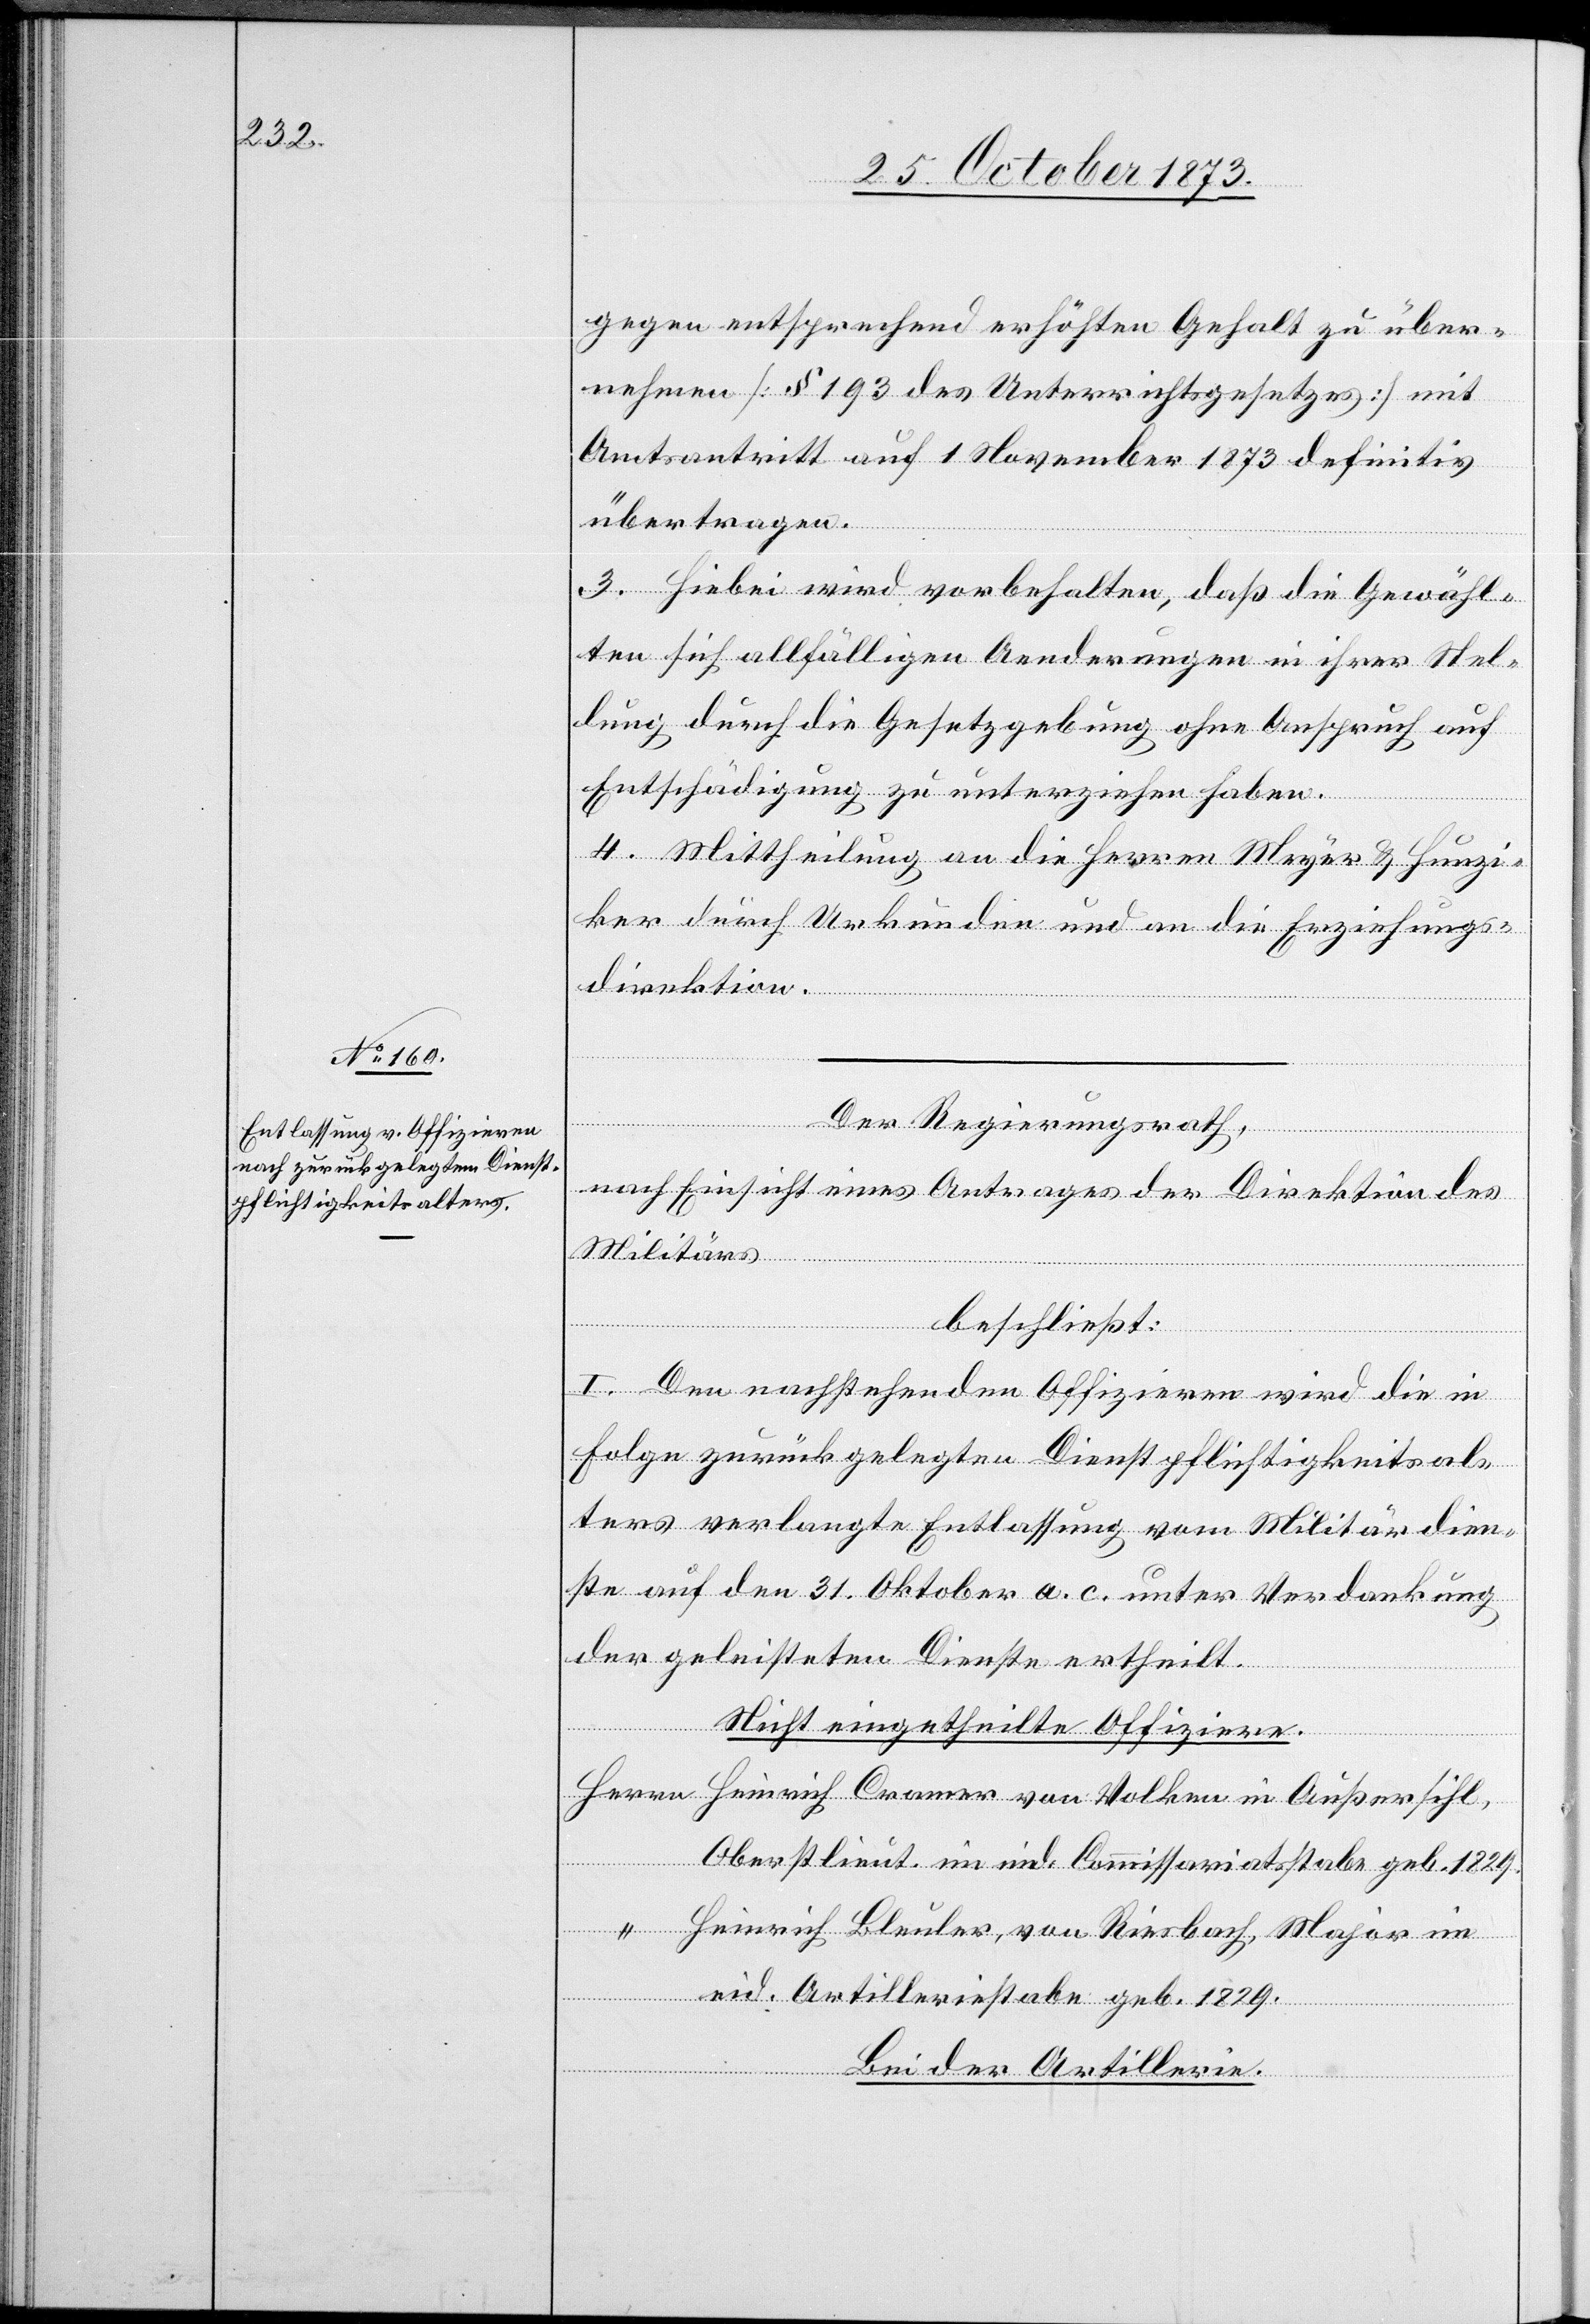
gegen entsprechend erhöhten Gehalt zu über¬
nehmen [§ 193 des Unterrichtsgesetzes] mit
Amtsantritt auf 1 November 1873 definitiv
übertragen.
3. Hiebei wird vorbehalten, daß die Gewähl¬
ten sich allfälligen Aenderungen in ihrer Stel¬
lung durch die Gesetzgebung ohne Anspruch auf
Entschädigung zu unterziehen haben.
4. Mittheilung an die Herren Meyer & Hunzi¬
ker durch Urkunden und an die Erziehungs¬
direktion.
Der Regierungsrath,
nach Einsicht eines Antrages der Direktion des
Militärs
beschließt:
I. Den nachstehenden Offizieren wird die in
Folge zurückgelegten Dienstpflichtigkeitsal¬
ters verlangte Entlassung vom Militärdien¬
ste auf den 31. Oktober a. c. unter Verdankung
der geleisteten Dienste ertheilt.
Nicht eingetheilte Offiziere.
Oberstlieut. im eid. Commissariatsstabe geb. 1829.
Heinrich Bleuler, von Riesbach, Major im
eid. Artilleriestabe geb. 1829.
in
Bei der Artillerie.